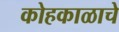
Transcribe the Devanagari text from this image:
कोहकाळाचे